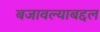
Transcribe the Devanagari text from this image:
बजावल्याबद्दल